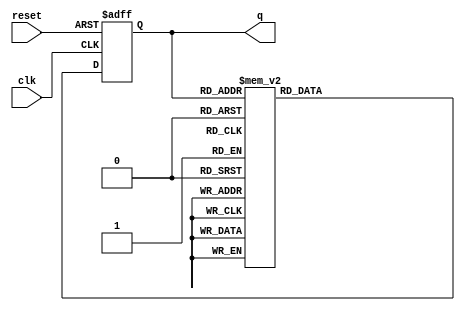
module decade_ring_counter (
    input wire clk,       // Clock input
    input wire reset,     // Reset input
    output reg [3:0] q    // 4-bit output representing the current state
);

// Initial state
initial begin
    q = 4'b0000; // Start at state 0000
end

// Always block triggered on the rising edge of the clock or when reset is active
always @(posedge clk or posedge reset) begin
    if (reset) begin
        q <= 4'b0000; // Reset the counter to 0000
    end else begin
        // Transition logic for the Decade Ring Counter
        case (q)
            4'b0000: q <= 4'b0001;
            4'b0001: q <= 4'b0010;
            4'b0010: q <= 4'b0011;
            4'b0011: q <= 4'b0100;
            4'b0100: q <= 4'b0101;
            4'b0101: q <= 4'b0110;
            4'b0110: q <= 4'b0111;
            4'b0111: q <= 4'b1000;
            4'b1000: q <= 4'b1001;
            4'b1001: q <= 4'b0000; // Wrap around to 0000
            default: q <= 4'b0000; // Default case to handle unexpected states
        endcase
    end
end

endmodule